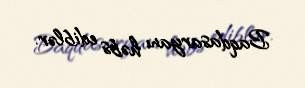
Baqdasaryanı həbs ediblər.